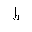
Letter: _da